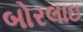
બોરલાઇ